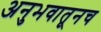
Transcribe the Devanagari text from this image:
अनुभवातूनच